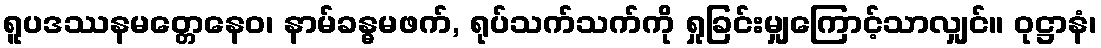
ရူပဒဿနမတ္တေနေဝ၊ နာမ်ခန္ဓမဖက်, ရုပ်သက်သက်ကို ရှုခြင်းမျှကြောင့်သာလျှင်။ ဝုဋ္ဌာနံ၊